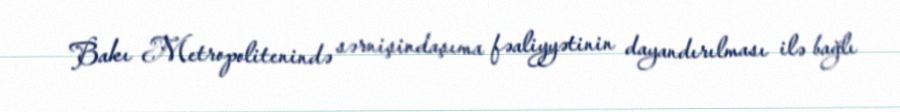
Bakı Metropolitenində sərnişindaşıma fəaliyyətinin dayandırılması ilə bağlı